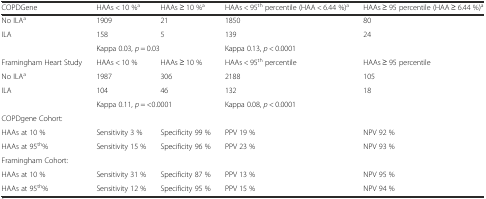
| COPDGene | HAAs < 10 %a | HAAs ≥ 10 %a | HAAs < 95th percentile (HAA < 6.44 %)a | HAAs ≥ 95 percentile (HAA ≥ 6.44 %)a |
 | --- | --- | --- | --- | --- |
 | No ILAa | 1909 | 21 | 1850 | 80 |
 | ILA | 158 | 5 | 139 | 24 |
 |  | <COLSPAN=2> Kappa 0.03, p = 0.03 | <COLSPAN=2> Kappa 0.13, p < 0.0001 |
 | Framingham Heart Study | HAAs < 10 % | HAAs ≥ 10 % | HAAs < 95th percentile | HAAs ≥ 95 percentile |
 | No ILAa | 1987 | 306 | 2188 | 105 |
 | ILA | 104 | 46 | 132 | 18 |
 |  | <COLSPAN=2> Kappa 0.11, p = <0.0001 | <COLSPAN=2> Kappa 0.08, p < 0.0001 |
 | <COLSPAN=5> COPDgene Cohort: |
 | HAAs at 10 % | Sensitivity 3 % | Specificity 99 % | PPV 19 % | NPV 92 % |
 | HAAs at 95th% | Sensitivity 15 % | Specificity 96 % | PPV 23 % | NPV 93 % |
 | <COLSPAN=5> Framingham Cohort: |
 | HAAs at 10 % | Sensitivity 31 % | Specificity 87 % | PPV 13 % | NPV 95 % |
 | HAAs at 95th% | Sensitivity 12 % | Specificity 95 % | PPV 15 % | NPV 94 % |